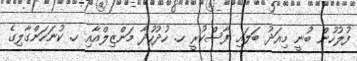
ފުލުހުން ބުނީ މިއަދު ބަލައި ފާސްކުރީ ހ. ހުދުހުދާ މަންޒިލްއާއި ހ. ކުނަހަންގާލިގެ